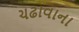
ચઢાવાના